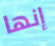
إنها